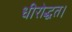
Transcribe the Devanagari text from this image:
धीरोद्धत।